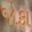
જોફા